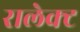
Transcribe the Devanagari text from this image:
रालेक्ट